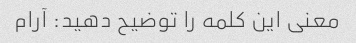
معنی این کلمه را توضیح دهید: آرام